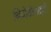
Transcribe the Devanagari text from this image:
थियोडोलाइटों